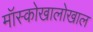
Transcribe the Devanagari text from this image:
मॉस्कोखालोखाल